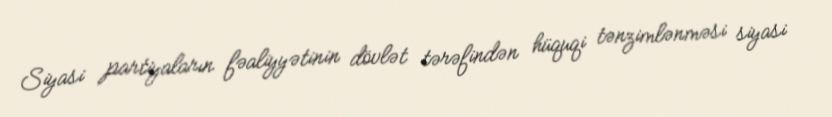
Siyasi partiyaların fəaliyyətinin dövlət tərəfindən hüquqi tənzimlənməsi siyasi